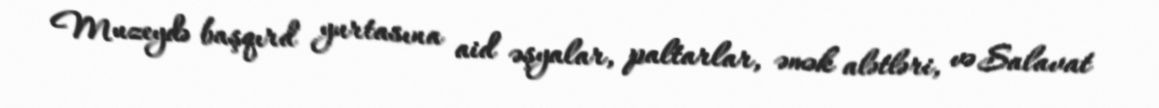
Muzeydə başqırd yurtasına aid əşyalar, paltarlar, əmək alətləri, və Salavat